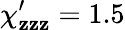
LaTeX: \chi_{\mathbf{z}\mathbf{z}\mathbf{z}}^{\prime}=1.5